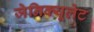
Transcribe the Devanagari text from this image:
जेनिक्यूलेट